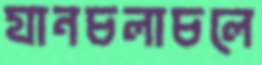
যানচলাচলে